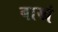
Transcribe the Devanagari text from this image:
बाखं